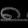
Digit: ၈